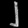
Digit: ၂